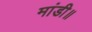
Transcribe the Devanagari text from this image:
मांडी॥